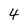
Character: 4